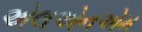
એલએનએમ